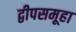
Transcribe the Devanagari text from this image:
द्वीपसमूहा